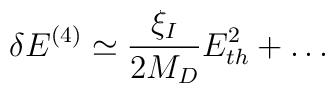
\delta E^{(4)} \simeq \frac{\xi_I}{2M_D}E_{th}^2 + \dots